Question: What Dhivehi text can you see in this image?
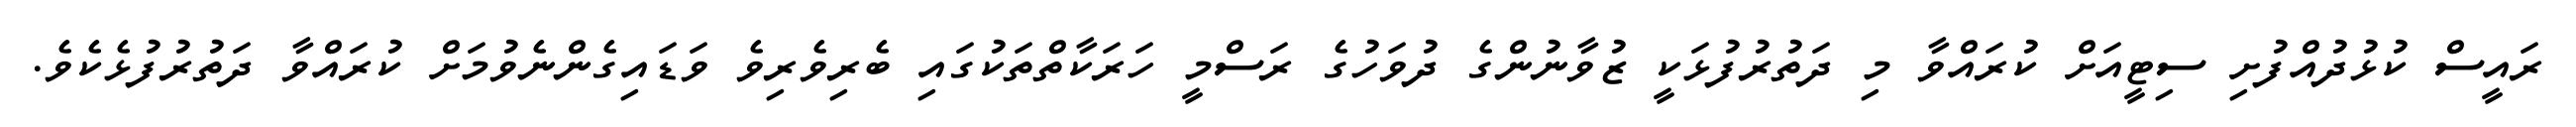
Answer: ރައީސް ކުޅުދުއްފުށި ސިޓީއަށް ކުރައްވާ މި ދަތުރުފުޅަކީ ޒުވާނުންގެ ދުވަހުގެ ރަސްމީ ހަރަކާތްތަކުގައި ބެރިވެރިވެ ވަޑައިގެންނެވުމަށް ކުރައްވާ ދަތުރުފުޅެކެވެ.